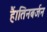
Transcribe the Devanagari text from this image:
हैं।तिनबर्जन